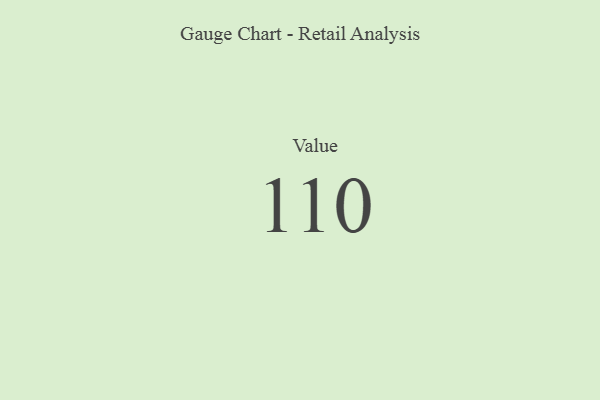
{"axis": {"x": "Metric", "y": "Value"}, "legend": [""], "data": [{"x": "Value", "y": 110, "type": ""}]}